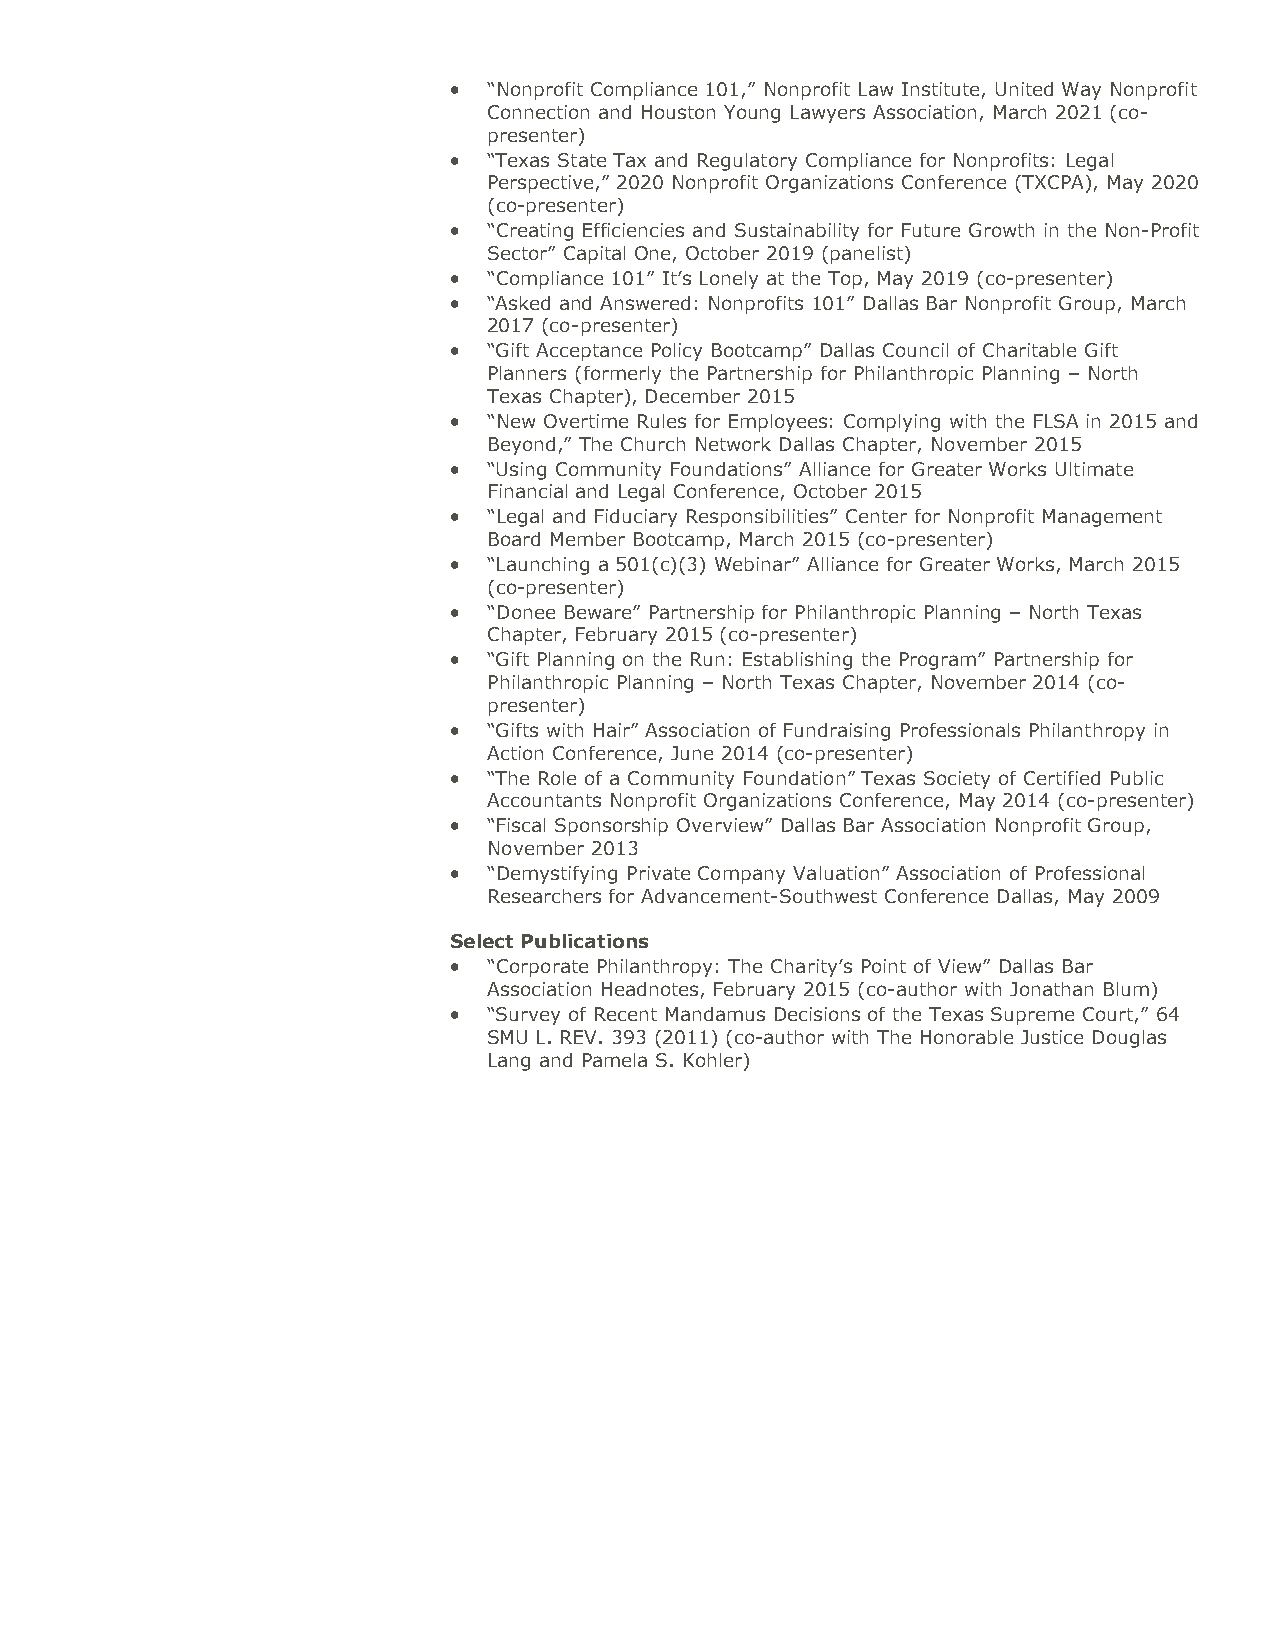
 “Nonprofit Compliance 101,” Nonprofit Law Institute, United Way Nonprofit
 Connection and Houston Young Lawyers Association, March 2021 (co-
 presenter)
  “Texas State Tax and Regulatory Compliance for Nonprofits: Legal
 Perspective,” 2020 Nonprofit Organizations Conference (TXCPA), May 2020
 (co-presenter)
  “Creating Efficiencies and Sustainability for Future Growth in the Non-Profit
 Sector” Capital One, October 2019 (panelist)
  “Compliance 101” It’s Lonely at the Top, May 2019 (co-presenter)
  “Asked and Answered: Nonprofits 101” Dallas Bar Nonprofit Group, March
 2017 (co-presenter)
  “Gift Acceptance Policy Bootcamp” Dallas Council of Charitable Gift
 Planners (formerly the Partnership for Philanthropic Planning – North
 Texas Chapter), December 2015
  “New Overtime Rules for Employees: Complying with the FLSA in 2015 and
 Beyond,” The Church Network Dallas Chapter, November 2015
  “Using Community Foundations” Alliance for Greater Works Ultimate
 Financial and Legal Conference, October 2015
  “Legal and Fiduciary Responsibilities” Center for Nonprofit Management
 Board Member Bootcamp, March 2015 (co-presenter)
  “Launching a 501(c)(3) Webinar” Alliance for Greater Works, March 2015
 (co-presenter)
  “Donee Beware” Partnership for Philanthropic Planning – North Texas
 Chapter, February 2015 (co-presenter)
  “Gift Planning on the Run: Establishing the Program” Partnership for
 Philanthropic Planning – North Texas Chapter, November 2014 (co-
 presenter)
  “Gifts with Hair” Association of Fundraising Professionals Philanthropy in
 Action Conference, June 2014 (co-presenter)
  “The Role of a Community Foundation” Texas Society of Certified Public
 Accountants Nonprofit Organizations Conference, May 2014 (co-presenter)
  “Fiscal Sponsorship Overview” Dallas Bar Association Nonprofit Group,
 November 2013
  “Demystifying Private Company Valuation” Association of Professional
 Researchers for Advancement-Southwest Conference Dallas, May 2009
 Select Publications
  “Corporate Philanthropy: The Charity’s Point of View” Dallas Bar
 Association Headnotes, February 2015 (co-author with Jonathan Blum)
  “Survey of Recent Mandamus Decisions of the Texas Supreme Court,” 64
 SMU L. REV. 393 (2011) (co-author with The Honorable Justice Douglas
 Lang and Pamela S. Kohler)